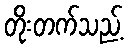
တိုးတက်သည့်